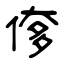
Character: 偧